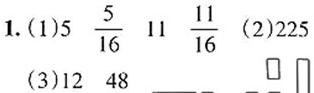
1. (1) $5$ $\frac{5}{16}$ $11$ $\frac{11}{16}$ (2) $225$ (3) $12$ $48$